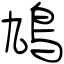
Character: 鳩